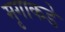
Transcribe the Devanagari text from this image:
मृगाकडे